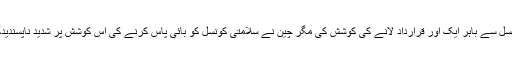
بھارت نے امریکا کی مدد سے مسعود اظہر کے خلاف سلامتی کونسل سے باہر ایک اور قرارداد لانے کی کوشش کی مگر چین نے سلامتی کونسل کو بائی پاس کرنے کی اس کوشش پر شدید ناپسندیدگی کا اظہار کرتے ہوئے اس قرار داد کی مخالفت کا اعلان کیا ہے۔